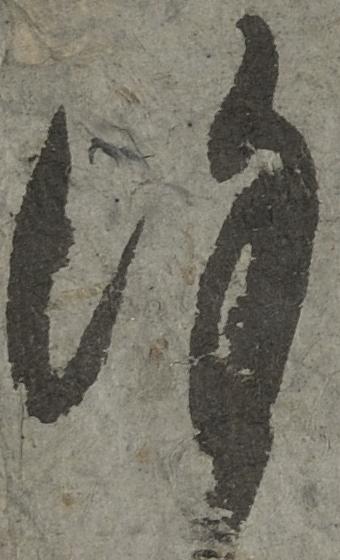
謹